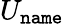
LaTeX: U_{\texttt{name}}